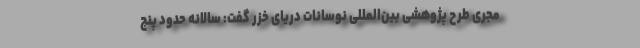
مجری طرح پژوهشی بین‌المللی نوسانات دریای خزر گفت: سالانه حدود پنج